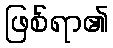
ဖြစ်ရာ၏